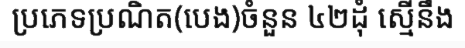
ប្រភេទប្រណិត(បេង)ចំនួន ៤២ដុំ ស្មើនឹង